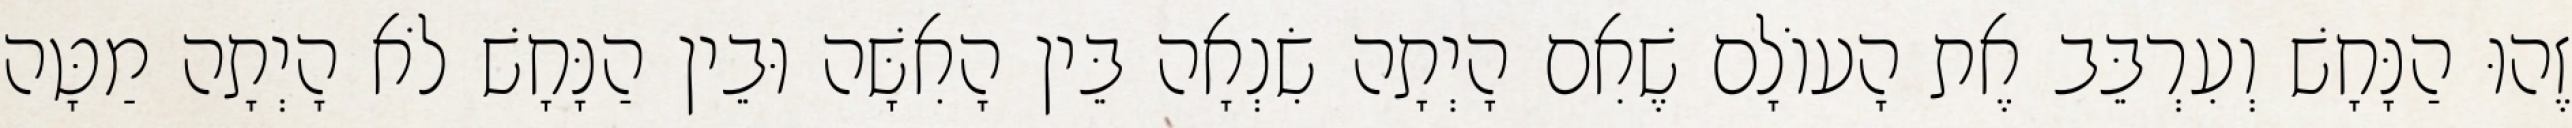
זֶהוּ הַנָּחָשׁ וְעִרְבֵּב אֶת הָעוֹלָם שֶׁאִם הָיְתָה שִׂנְאָה בֵּין הָאִשָּׁה וּבֵין הַנָּחָשׁ לֹא הָיְתָה מַטָּה